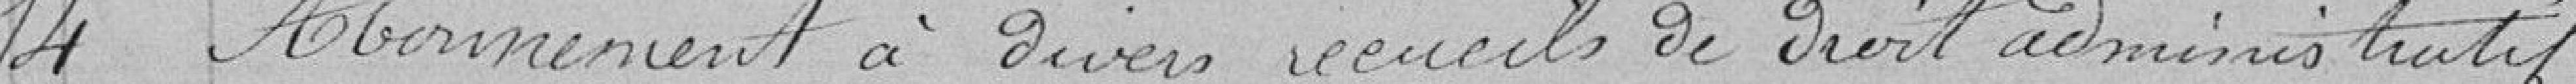
14 Abonnement à divers recueils de droit administratif